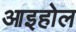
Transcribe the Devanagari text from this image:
आइहोल